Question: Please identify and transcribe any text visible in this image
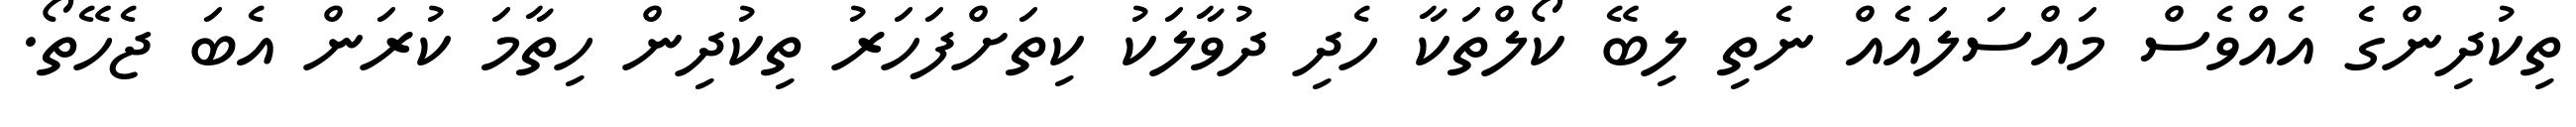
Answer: ތިކުދިންގެ އެއްވެސް މައްސަލައެއް ނެތި ލިބޭ ކޯލްތަކާ ހެދި ދުވާލަކު ކިތަށްފަހަރު ތިކުދިން ހިތާމަ ކުރަން އެބަ ޖެހޭތޯ.